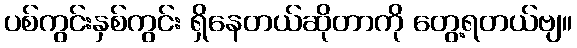
ပစ်ကွင်းနှစ်ကွင်း ရှိနေတယ်ဆိုတာကို တွေ့ရတယ်ဗျ။